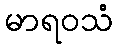
မာရဝသံ